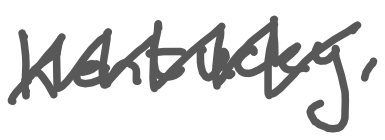
Text: Kentucky,
Cross-out: mix
Writing tool: digital_gray